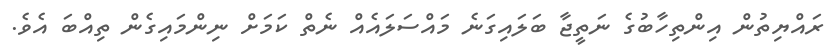
ރައްޔިތުން އިންތިހާބުގެ ނަތީޖާ ބަލައިގަނެ މައްސަލައެއް ނެތް ކަމަށް ނިންމައިގެން ތިއްބަ އެވެ.